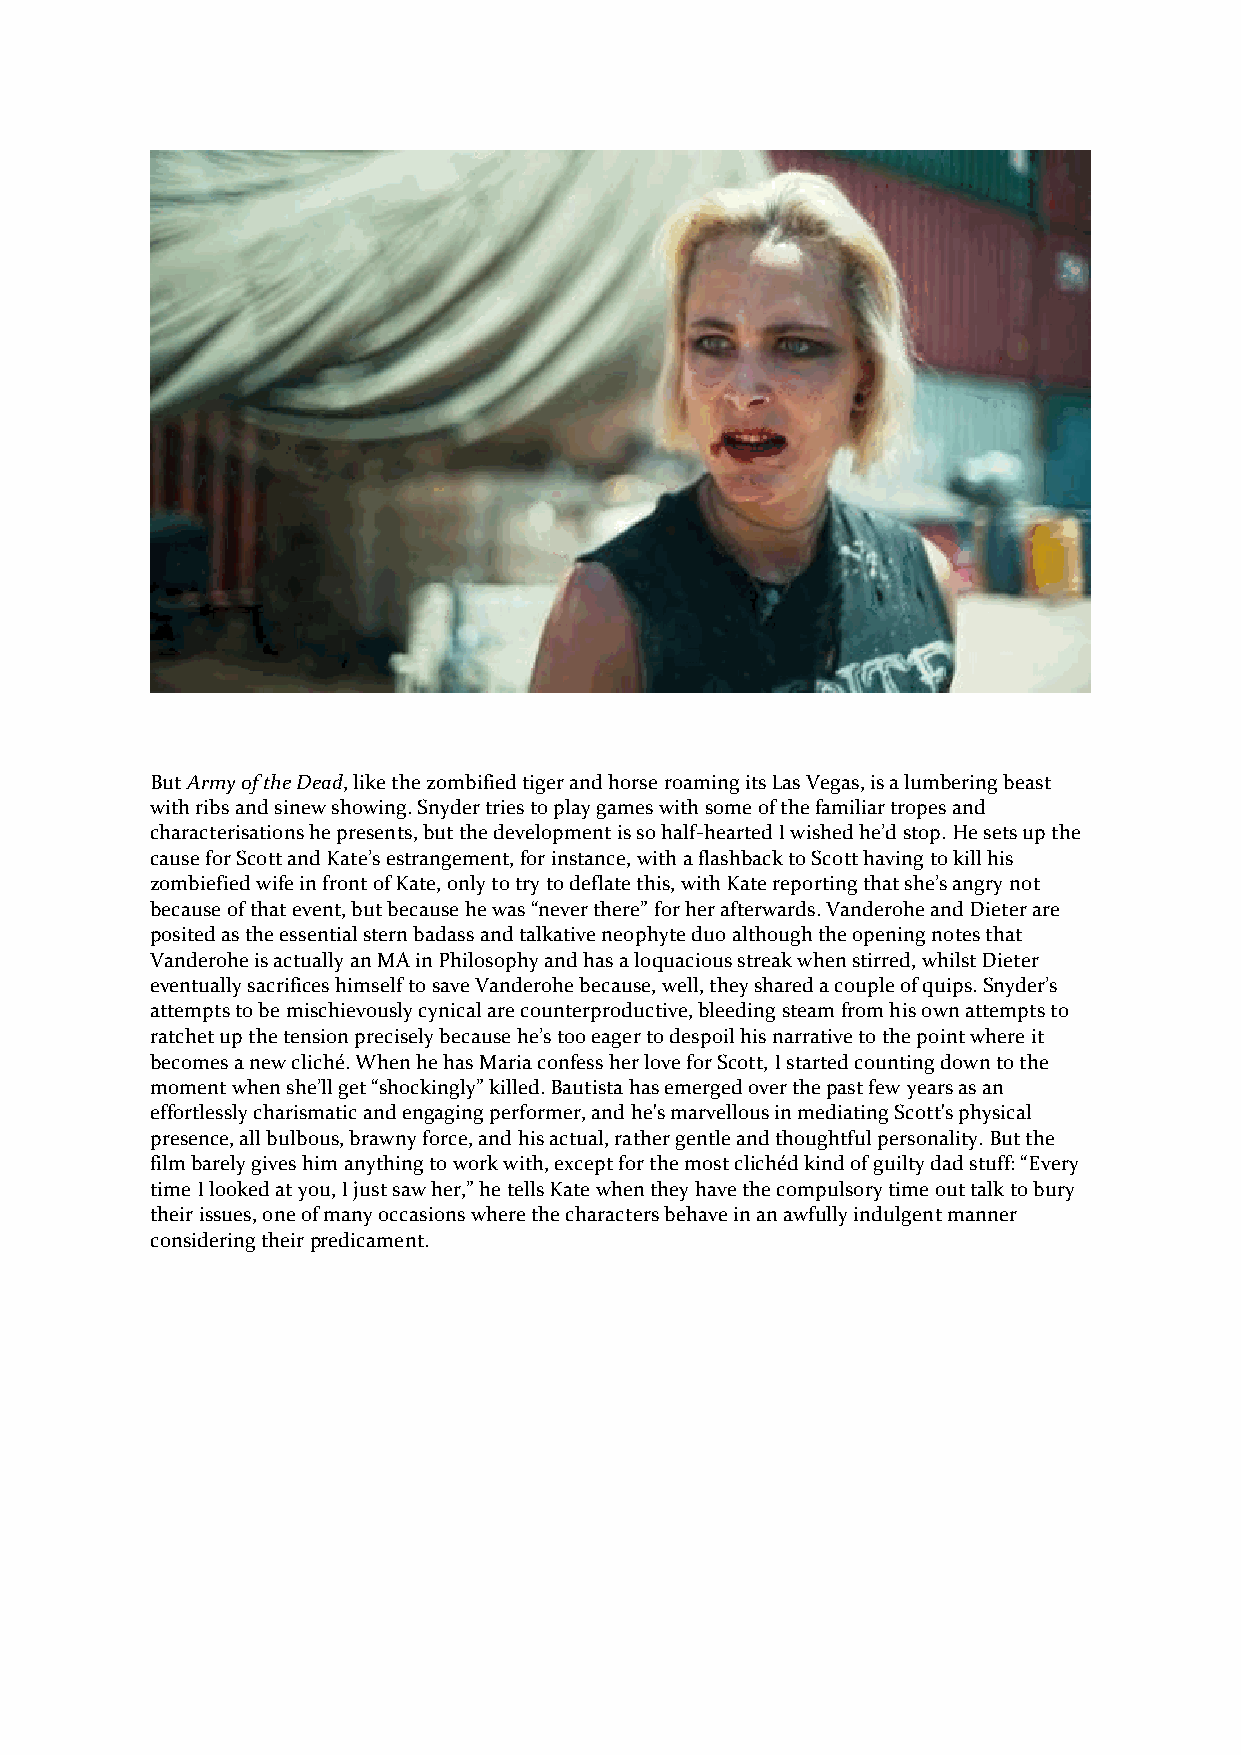
But Army of the Dead, like the zombified tiger and horse roaming its Las Vegas, is a lumbering beast
 with ribs and sinew showing. Snyder tries to play games with some of the familiar tropes and
 characterisations he presents, but the development is so half-hearted I wished he’d stop. He sets up the
 cause for Scott and Kate’s estrangement, for instance, with a flashback to Scott having to kill his
 zombiefied wife in front of Kate, only to try to deflate this, with Kate reporting that she’s angry not
 because of that event, but because he was “never there” for her afterwards. Vanderohe and Dieter are
 posited as the essential stern badass and talkative neophyte duo although the opening notes that
 Vanderohe is actually an MA in Philosophy and has a loquacious streak when stirred, whilst Dieter
 eventually sacrifices himself to save Vanderohe because, well, they shared a couple of quips. Snyder’s
 attempts to be mischievously cynical are counterproductive, bleeding steam from his own attempts to
 ratchet up the tension precisely because he’s too eager to despoil his narrative to the point where it
 becomes a new cliché. When he has Maria confess her love for Scott, I started counting down to the
 moment when she’ll get “shockingly” killed. Bautista has emerged over the past few years as an
 effortlessly charismatic and engaging performer, and he's marvellous in mediating Scott's physical
 presence, all bulbous, brawny force, and his actual, rather gentle and thoughtful personality. But the
 film barely gives him anything to work with, except for the most clichéd kind of guilty dad stuff: “Every
 time I looked at you, I just saw her,” he tells Kate when they have the compulsory time out talk to bury
 their issues, one of many occasions where the characters behave in an awfully indulgent manner
 considering their predicament.